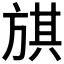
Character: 𣄃